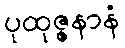
ပုထုဇ္ဇနာနံ